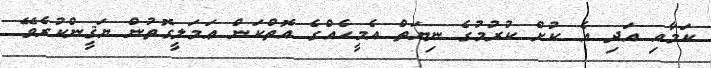
ކަމާއި އަދި އެ ކުށް ކުރުމުގެ ނިޔަތް އެމީހެއްގެ އޮތްކަން ޢަމަލީގޮތުން ޔަޤީންކުރެވޭ